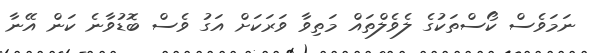
ނަމަވެސް ކޯސްތަކުގެ ލެވެލްތައް މަތިވާ ވަރަކަށް އަގު ވެސް ބޮޑުވާނެ ކަން އޭނާ